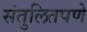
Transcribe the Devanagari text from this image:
संतुलितपणे